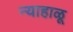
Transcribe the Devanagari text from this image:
न्याहाळू